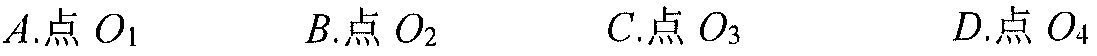
\(A.\)点\(O_{1}\)  \(\qquad B.\)点\(O_{2}\)  \(\qquad C.\)点\(O_{3}\)  \(\qquad D.\)点\(O_{4}\)